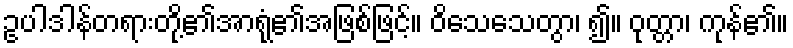
ဥပါဒါန်တရားတို့၏အာရုံ၏အဖြစ်ဖြင့်။ ဝိသေသေတွာ၊ ၍။ ဝုတ္တာ၊ ကုန်၏။